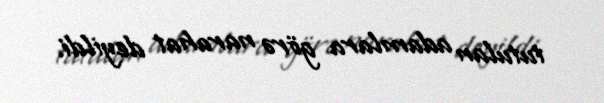
tutulan adamlara görə narahat deyildi.